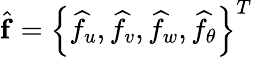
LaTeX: \widehat{\mathbf{f}}=\left\{ \widehat{f}_{u},\widehat{f}_{v},\widehat{f}_{w},\widehat{f}_{\theta}\right\} ^{T}